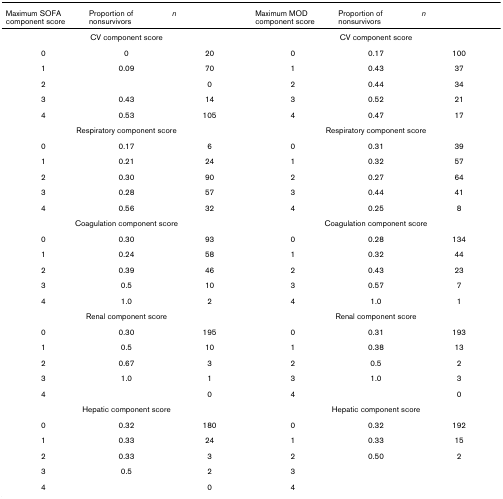
<table><thead><tr><td><b>Maximum SOFA component score</b></td><td><b>Proportion of nonsurvivors</b></td><td><b><i>n</i></b></td><td><b>Maximum MOD component score</b></td><td><b>Proportion of nonsurvivors</b></td><td><b><i>n</i></b></td></tr></thead><tbody><tr><td colspan="3">CV component score</td><td colspan="3">CV component score</td></tr><tr><td>0</td><td>0</td><td>20</td><td>0</td><td>0.17</td><td>100</td></tr><tr><td>1</td><td>0.09</td><td>70</td><td>1</td><td>0.43</td><td>37</td></tr><tr><td>2</td><td></td><td>0</td><td>2</td><td>0.44</td><td>34</td></tr><tr><td>3</td><td>0.43</td><td>14</td><td>3</td><td>0.52</td><td>21</td></tr><tr><td>4</td><td>0.53</td><td>105</td><td>4</td><td>0.47</td><td>17</td></tr><tr><td colspan="3">Respiratory component score</td><td colspan="3">Respiratory component score</td></tr><tr><td>0</td><td>0.17</td><td>6</td><td>0</td><td>0.31</td><td>39</td></tr><tr><td>1</td><td>0.21</td><td>24</td><td>1</td><td>0.32</td><td>57</td></tr><tr><td>2</td><td>0.30</td><td>90</td><td>2</td><td>0.27</td><td>64</td></tr><tr><td>3</td><td>0.28</td><td>57</td><td>3</td><td>0.44</td><td>41</td></tr><tr><td>4</td><td>0.56</td><td>32</td><td>4</td><td>0.25</td><td>8</td></tr><tr><td colspan="3">Coagulation component score</td><td colspan="3">Coagulation component score</td></tr><tr><td>0</td><td>0.30</td><td>93</td><td>0</td><td>0.28</td><td>134</td></tr><tr><td>1</td><td>0.24</td><td>58</td><td>1</td><td>0.32</td><td>44</td></tr><tr><td>2</td><td>0.39</td><td>46</td><td>2</td><td>0.43</td><td>23</td></tr><tr><td>3</td><td>0.5</td><td>10</td><td>3</td><td>0.57</td><td>7</td></tr><tr><td>4</td><td>1.0</td><td>2</td><td>4</td><td>1.0</td><td>1</td></tr><tr><td colspan="3">Renal component score</td><td colspan="3">Renal component score</td></tr><tr><td>0</td><td>0.30</td><td>195</td><td>0</td><td>0.31</td><td>193</td></tr><tr><td>1</td><td>0.5</td><td>10</td><td>1</td><td>0.38</td><td>13</td></tr><tr><td>2</td><td>0.67</td><td>3</td><td>2</td><td>0.5</td><td>2</td></tr><tr><td>3</td><td>1.0</td><td>1</td><td>3</td><td>1.0</td><td>3</td></tr><tr><td>4</td><td></td><td>0</td><td>4</td><td></td><td>0</td></tr><tr><td colspan="3">Hepatic component score</td><td colspan="3">Hepatic component score</td></tr><tr><td>0</td><td>0.32</td><td>180</td><td>0</td><td>0.32</td><td>192</td></tr><tr><td>1</td><td>0.33</td><td>24</td><td>1</td><td>0.33</td><td>15</td></tr><tr><td>2</td><td>0.33</td><td>3</td><td>2</td><td>0.50</td><td>2</td></tr><tr><td>3</td><td>0.5</td><td>2</td><td>3</td><td></td><td></td></tr><tr><td>4</td><td></td><td>0</td><td>4</td><td></td><td></td></tr></tbody></table>